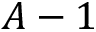
A - 1